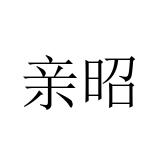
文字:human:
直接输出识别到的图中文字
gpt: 亲昭